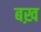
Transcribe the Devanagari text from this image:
बख़